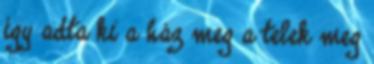
így adta ki a ház meg a telek meg